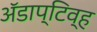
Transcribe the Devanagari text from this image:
अॅडाप्टिव्ह